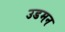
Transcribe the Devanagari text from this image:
उडमन